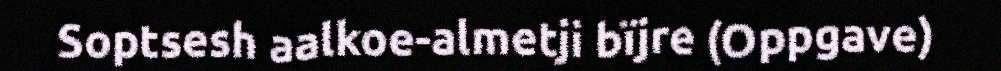
Soptsesh aalkoe-almetji bïjre (Oppgave)